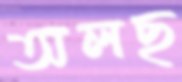
অলছ